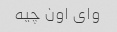
وای اون چیه